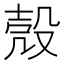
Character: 殼